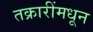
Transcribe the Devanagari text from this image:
तक्रारींमधून